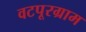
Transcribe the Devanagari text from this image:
वटपूरग्राम